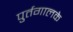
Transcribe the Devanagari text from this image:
पुर्तगालके